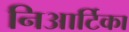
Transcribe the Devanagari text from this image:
निआर्टिका